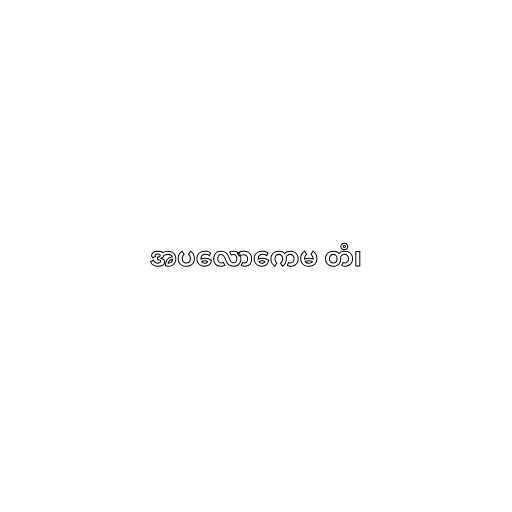
အပလောကေမ တံ၊